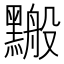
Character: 𪒋